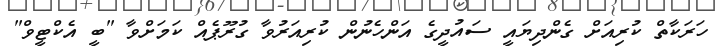
ހަރަކާތް ކުރިއަށް ގެންދިޔައީ ސައުދީގެ އަންހެނުން ކުރިއަރުވާ ގުރޫޕެއް ކަމަށްވާ "ބީ އެކްޓީވް"